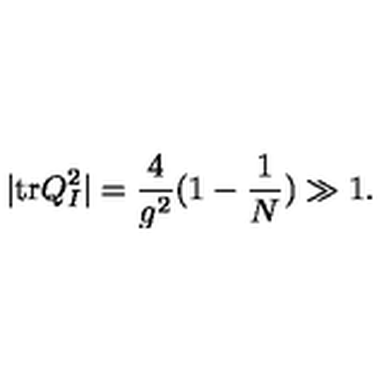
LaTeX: \vert \mathrm { t r } Q _ { I } ^ { 2 } \vert = \frac { 4 } { g ^ { 2 } } ( 1 - \frac { 1 } { N } ) \gg 1 .